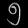
Digit: ၅